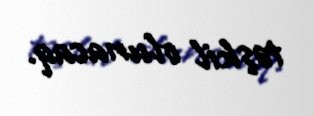
təşkil olunacaq.